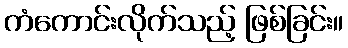
ကံကောင်းလိုက်သည့် ဖြစ်ခြင်း။